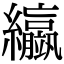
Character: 䌱